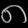
Digit: ၈